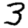
Digit: 3